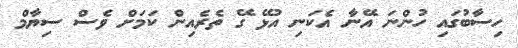
ހިސާބުގައި ހުންނަ އޭނާ އެކަނި އުޅޭ ގޭ ތެރެއިން ކަމަށް ވެސް ސިޔާމް